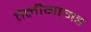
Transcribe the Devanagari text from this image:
तेलीगागड